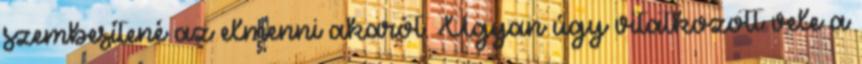
szembesítené az elmenni akarót. Ugyan úgy vitatkozott vele a